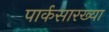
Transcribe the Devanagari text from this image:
पार्कसारख्या